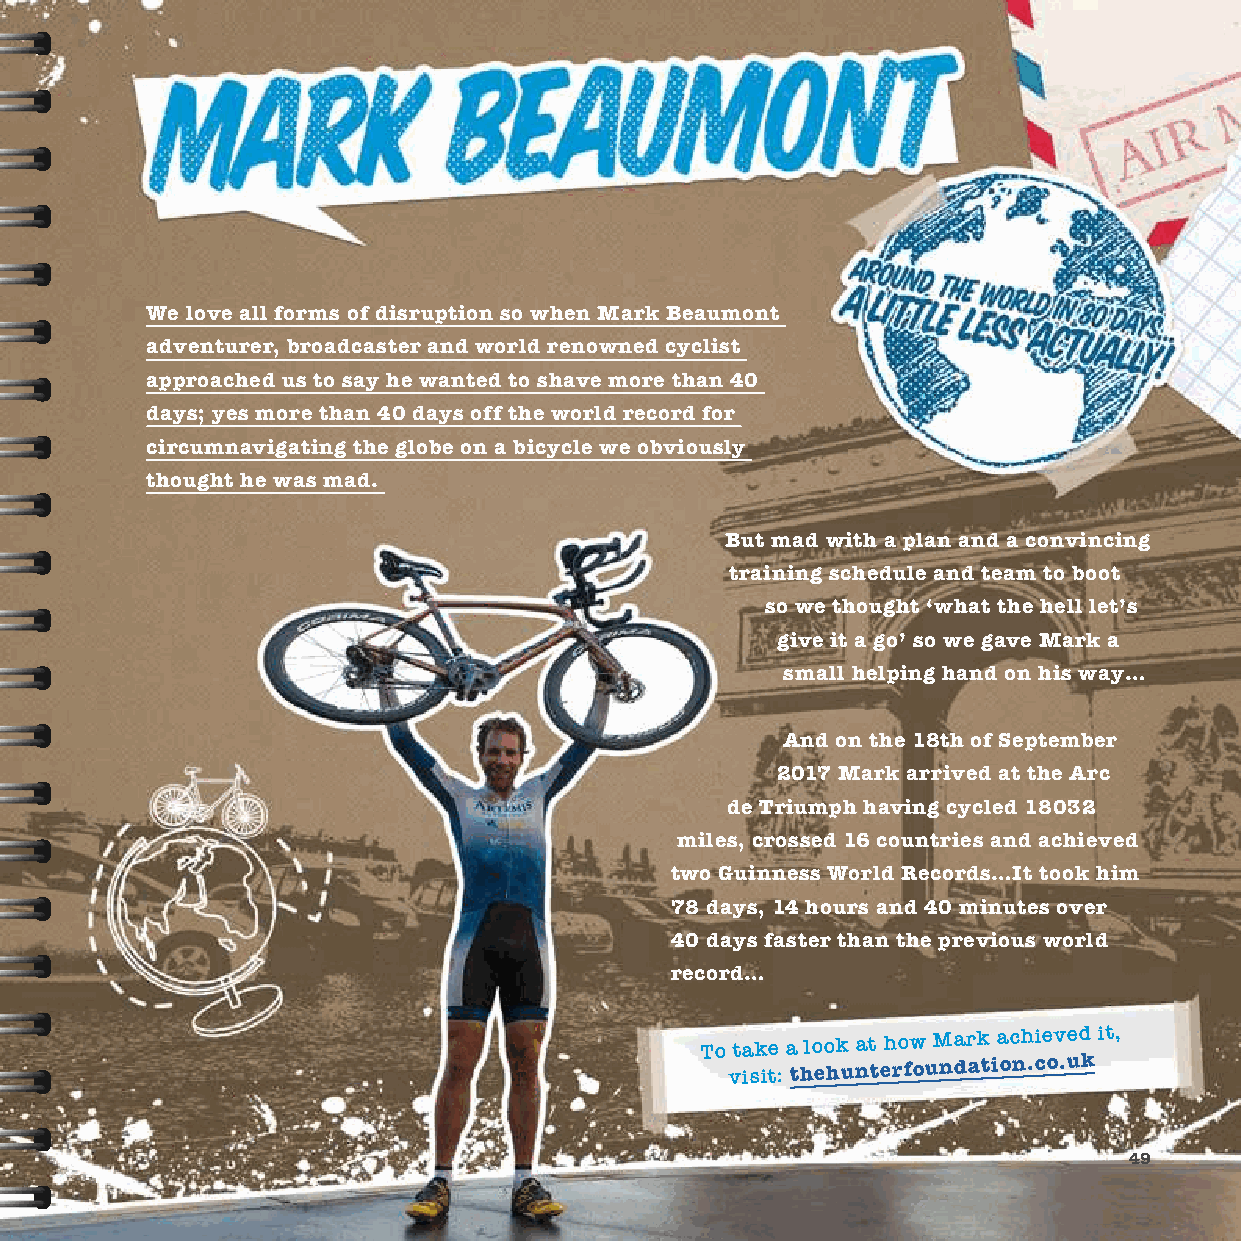
We love all forms of disruption so when Mark Beaumont
 adventurer, broadcaster and world renowned cyclist
 approached us to say he wanted to shave more than 40
 days; yes more than 40 days off the world record for
 circumnavigating the globe on a bicycle we obviously
 thought he was mad.
 But mad with a plan and a convincing
 training schedule and team to boot
 so we thought ‘what the hell let’s
 give it a go’ so we gave Mark a
 small helping hand on his way…
 And on the 18th of September
 2017 Mark arrived at the Arc
 de Triumph having cycled 18032
 miles, crossed 16 countries and achieved
 two Guinness World Records…It took him
 78 days, 14 hours and 40 minutes over
 40 days faster than the previous world
 record…
 To take a look at how Mark achieved it,
 visit:
 thehunterfoundation.co.uk
 49